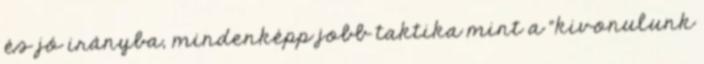
és jó irányba, mindenképp jobb taktika mint a "kivonulunk